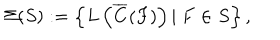
\Sigma ( S ) : = \left\{ L \left( \overline { { { C } } } ( F ) \right) \left| \ F \in S \right. \right\} ,